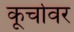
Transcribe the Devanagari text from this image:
कूर्चावर